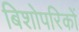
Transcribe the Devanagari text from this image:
बिशोपरिकों